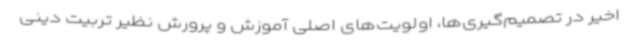
اخیر در تصمیم‌گیری‌ها، اولویت‌های اصلی آموزش و پرورش نظیر تربیت دینی